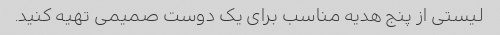
لیستی از پنج هدیه مناسب برای یک دوست صمیمی تهیه کنید.